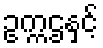
ဥက္ကဌနှင့်